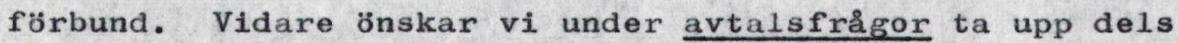
förbund. Vidare önskar vi under avtalsfrågor ta upp dels